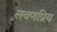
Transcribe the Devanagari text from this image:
लवणप्रिय